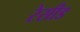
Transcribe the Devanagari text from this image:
रेसीड